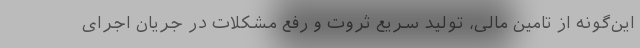
این‌گونه از تامین مالی، تولید سریع ثروت و رفع مشکلات در جریان اجرای